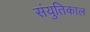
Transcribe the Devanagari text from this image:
संयुतिकाल